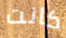
كانت